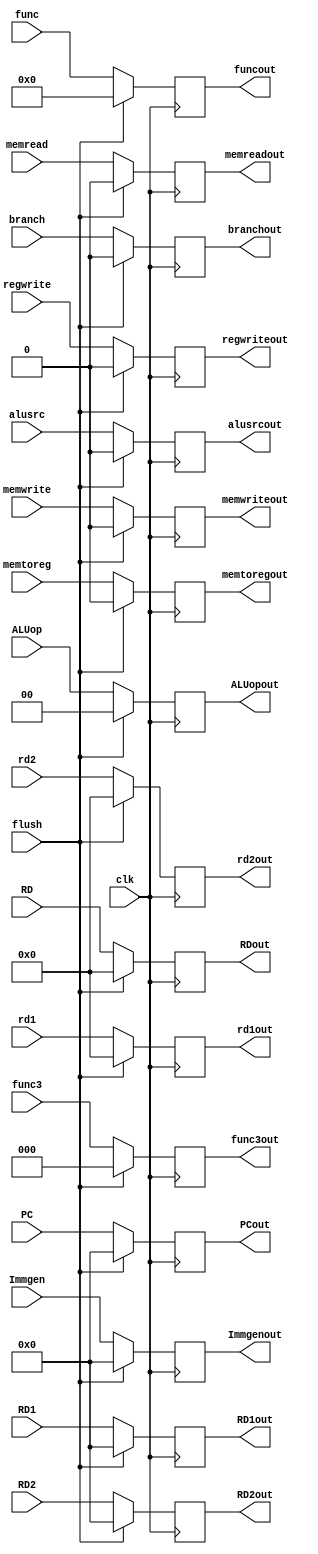
`timescale 1ns / 1ps

module ID_EX_h(
input clk,

input flush,

input branch, memwrite, memread, memtoreg, alusrc, regwrite, 

input [1:0]ALUop,

input [63:0]PC, 

input [63:0]RD1, RD2, 

input [63:0]Immgen, 

input [3:0]func, 

input [2:0]func3,

input [4:0]RD, 

input [4:0]rd1,

input [4:0]rd2,

output reg branchout, memwriteout, memreadout, memtoregout,regwriteout,alusrcout, 

output reg[1:0]ALUopout,

output reg [63:0]PCout, 

output reg [63:0]RD1out, RD2out, 

output reg [63:0]Immgenout, 

output reg [3:0]funcout,

output reg [2:0]func3out, 

output reg [4:0]RDout,

output reg [4:0]rd1out,

output reg [4:0]rd2out

); 
always @(posedge clk)
begin
if (flush)
begin
 branchout = 1'b0; 

 memwriteout = 1'b0; 

 memreadout = 1'b0; 

 memtoregout = 1'b0; 

 regwriteout = 1'b0; 

 alusrcout = 1'b0; 
 
 ALUopout = 2'b0;
 
 PCout = 64'b0; 

 RD1out = 64'b0; 

 RD2out = 64'b0; 

 Immgenout = 64'b0; 

 funcout = 4'b0; 
 
 func3out = 3'b0;

 RDout = 5'b0; 
 
 rd1out = 5'b0;
 
 rd2out = 5'b0;
end
else
begin
branchout = branch; 

 memwriteout = memwrite; 

 memreadout = memread; 

 memtoregout = memtoreg; 

 regwriteout = regwrite; 

 alusrcout = alusrc; 
 
 ALUopout = ALUop;
 
 PCout = PC; 

 RD1out = RD1; 

 RD2out = RD2; 

 Immgenout = Immgen; 

 funcout = func; 
 
 func3out = func3;

 RDout = RD; 
 
 rd1out = rd1;
 
 rd2out = rd2;
end

end

endmodule